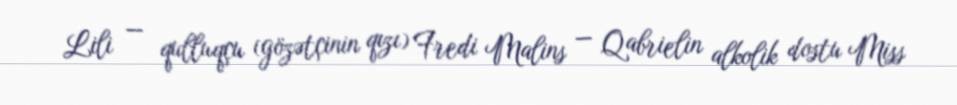
Lili — qulluqçu (gözətçinin qızı) Fredi Malins — Qabrielin alkolik dostu Miss